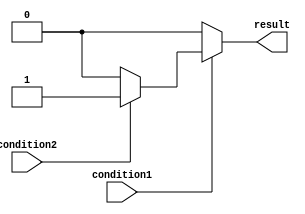
module nested_if_else_module (
    input wire condition1,
    input wire condition2,
    output reg result
);

always @(*) begin
    if (condition1) begin
        if (condition2) begin
            result = 1;
        end else begin
            result = 0;
        end
    end else begin
        result = 0;
    end
end

endmodule